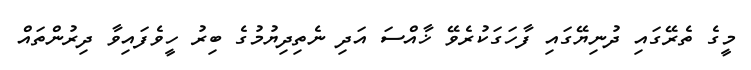
މީގެ ތެރޭގައި ދުނިޔޭގައި ފާހަގަކުރެވޭ ޚާއްސަ އަދި ނެތިދިޔުމުގެ ބިރު ހީވެފައިވާ ދިރުންތައް